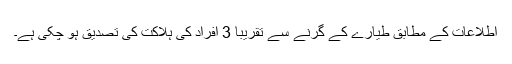
اطلاعات کے مطابق طیارے کے گِرنے سے تقریباً 3 افراد کی ہلاکت کی تصدیق ہو چکی ہے۔